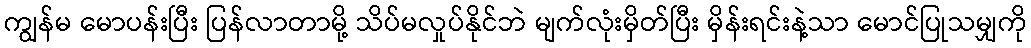
ကျွန်မ မောပန်းပြီး ပြန်လာတာမို့ သိပ်မလှုပ်နိုင်ဘဲ မျက်လုံးမှိတ်ပြီး မှိန်းရင်းနဲ့သာ မောင်ပြုသမျှကို